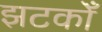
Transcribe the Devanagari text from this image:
झटकोँ